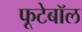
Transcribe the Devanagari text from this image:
फूटेबॉल